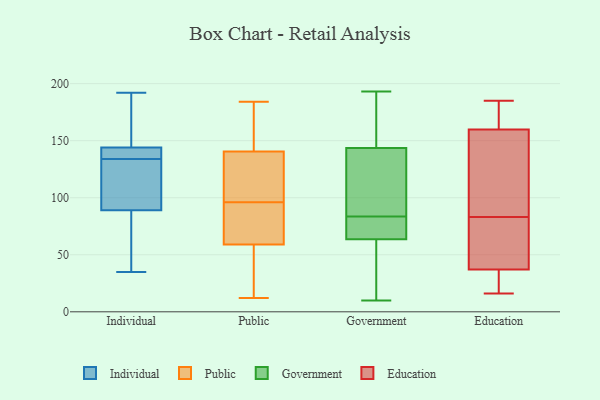
{"axis": {"x": "Backlog", "y": "Value"}, "legend": ["Education", "Government", "Individual", "Public"], "data": [{"x": "", "y": 138, "type": "Individual"}, {"x": "", "y": 146, "type": "Individual"}, {"x": "", "y": 35, "type": "Individual"}, {"x": "", "y": 100, "type": "Individual"}, {"x": "", "y": 142, "type": "Individual"}, {"x": "", "y": 144, "type": "Individual"}, {"x": "", "y": 73, "type": "Individual"}, {"x": "", "y": 63, "type": "Individual"}, {"x": "", "y": 99, "type": "Individual"}, {"x": "", "y": 89, "type": "Individual"}, {"x": "", "y": 162, "type": "Individual"}, {"x": "", "y": 132, "type": "Individual"}, {"x": "", "y": 192, "type": "Individual"}, {"x": "", "y": 136, "type": "Individual"}, {"x": "", "y": 53, "type": "Public"}, {"x": "", "y": 116, "type": "Public"}, {"x": "", "y": 12, "type": "Public"}, {"x": "", "y": 15, "type": "Public"}, {"x": "", "y": 94, "type": "Public"}, {"x": "", "y": 181, "type": "Public"}, {"x": "", "y": 40, "type": "Public"}, {"x": "", "y": 143, "type": "Public"}, {"x": "", "y": 168, "type": "Public"}, {"x": "", "y": 29, "type": "Public"}, {"x": "", "y": 126, "type": "Public"}, {"x": "", "y": 178, "type": "Public"}, {"x": "", "y": 77, "type": "Public"}, {"x": "", "y": 118, "type": "Public"}, {"x": "", "y": 78, "type": "Public"}, {"x": "", "y": 96, "type": "Public"}, {"x": "", "y": 84, "type": "Public"}, {"x": "", "y": 184, "type": "Public"}, {"x": "", "y": 133, "type": "Public"}, {"x": "", "y": 11, "type": "Government"}, {"x": "", "y": 94, "type": "Government"}, {"x": "", "y": 37, "type": "Government"}, {"x": "", "y": 10, "type": "Government"}, {"x": "", "y": 193, "type": "Government"}, {"x": "", "y": 43, "type": "Government"}, {"x": "", "y": 115, "type": "Government"}, {"x": "", "y": 176, "type": "Government"}, {"x": "", "y": 170, "type": "Government"}, {"x": "", "y": 75, "type": "Government"}, {"x": "", "y": 74, "type": "Government"}, {"x": "", "y": 69, "type": "Government"}, {"x": "", "y": 69, "type": "Government"}, {"x": "", "y": 138, "type": "Government"}, {"x": "", "y": 146, "type": "Government"}, {"x": "", "y": 91, "type": "Government"}, {"x": "", "y": 141, "type": "Government"}, {"x": "", "y": 76, "type": "Government"}, {"x": "", "y": 58, "type": "Government"}, {"x": "", "y": 147, "type": "Government"}, {"x": "", "y": 67, "type": "Education"}, {"x": "", "y": 159, "type": "Education"}, {"x": "", "y": 36, "type": "Education"}, {"x": "", "y": 138, "type": "Education"}, {"x": "", "y": 164, "type": "Education"}, {"x": "", "y": 25, "type": "Education"}, {"x": "", "y": 185, "type": "Education"}, {"x": "", "y": 26, "type": "Education"}, {"x": "", "y": 40, "type": "Education"}, {"x": "", "y": 33, "type": "Education"}, {"x": "", "y": 173, "type": "Education"}, {"x": "", "y": 160, "type": "Education"}, {"x": "", "y": 81, "type": "Education"}, {"x": "", "y": 59, "type": "Education"}, {"x": "", "y": 16, "type": "Education"}, {"x": "", "y": 154, "type": "Education"}, {"x": "", "y": 156, "type": "Education"}, {"x": "", "y": 83, "type": "Education"}, {"x": "", "y": 173, "type": "Education"}]}